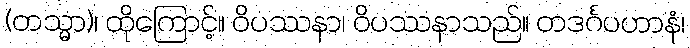
(တသ္မာ)၊ ထိုကြောင့်။ ဝိပဿနာ၊ ဝိပဿနာသည်။ တဒင်္ဂပဟာနံ၊